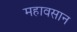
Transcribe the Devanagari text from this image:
महावसान